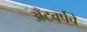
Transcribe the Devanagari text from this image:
अँटवर्पचे